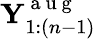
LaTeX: \mathbf{Y}_{1:(n-1)}^{\mathrm{~a~u~g~}}